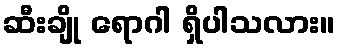
ဆီးချို ရောဂါ ရှိပါသလား။